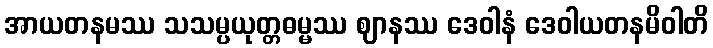
အာယတနမဿ သသမ္ပယုတ္တဓမ္မဿ ဈာနဿ ဒေဝါနံ ဒေဝါယတနမိဝါတိ